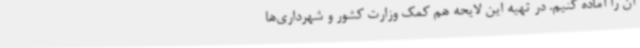
آن را آماده کنیم. در تهیه این لایحه هم کمک وزارت کشور و شهرداری‌ها